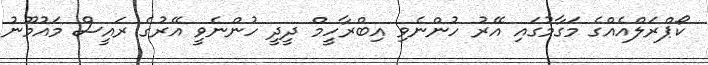
ކޯޕްރަލްއެއްގެ މަގާމުގައި އޭރު ހުންނެވި އިބްރާހީމް ދީދީ ހުންނެވީ އޭރުގެ ރައީސް މައުމޫނު